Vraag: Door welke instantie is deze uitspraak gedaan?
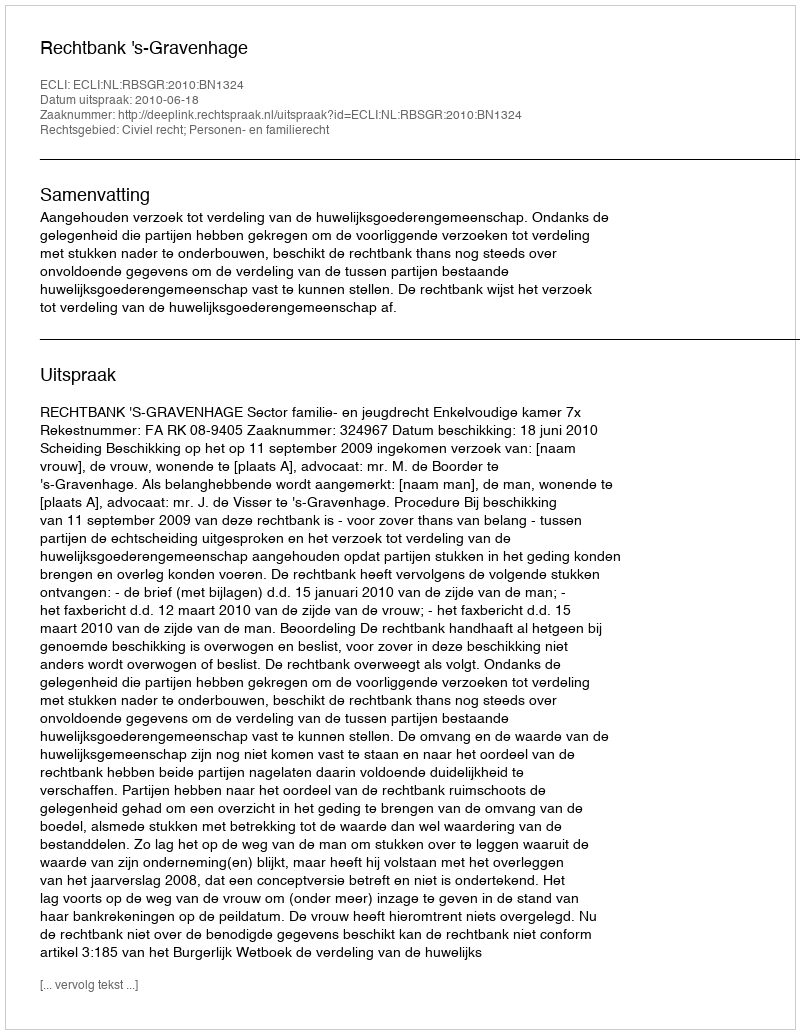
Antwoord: Rechtbank 's-Gravenhage